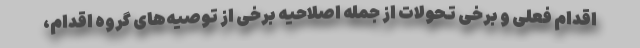
اقدام فعلی و برخی تحولات از جمله اصلاحیه برخی از توصیه‌های گروه اقدام،